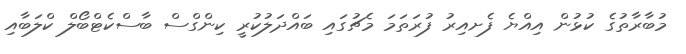
މުބާރާތުގެ ކުޅުން އިއްޔެ ފެށއިރު ފުރަތަމަ މެޗުގައި ބައްދަލުކުރީ ކިންގްސް ބާސްކެޓްބޯލް ކްލަބާއި